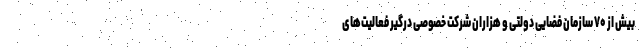
بیش از ۷۰ سازمان فضایی دولتی و هزاران شرکت خصوصی درگیر فعالیت‌های